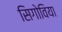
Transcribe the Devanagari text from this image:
सिगोविया